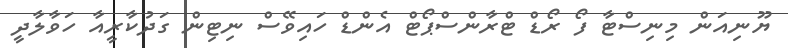
ޔޫނިއަން މިނިސްޓާ ފޯ ރޯޑް ޓްރާންސްޕޯޓް އެންޑް ހައިވޭސް ނިޓިން ގަދުކާރީއާ ހަވާލާދީ